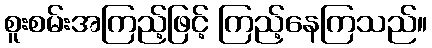
စူးစမ်းအကြည့်ဖြင့် ကြည့်နေကြသည်။